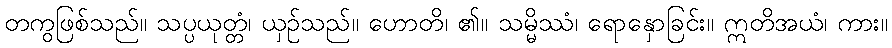
တကွဖြစ်သည်။ သပ္ပယုတ္တံ၊ ယှဉ်သည်။ ဟောတိ၊ ၏။ သမ္မိဿံ၊ ရောနှောခြင်း။ ဣတိအယံ၊ ကား။